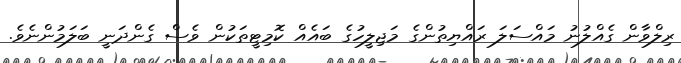
ރިލްވާން ގެއްލުނު މައްސަލަ ރައްޔިތުންގެ މަޖިލީހުގެ ބައެއް ކޮމިޓީތަކުން ވެސް ގެންދަނީ ބަލަމުންނެވެ.